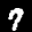
Label: 7